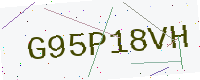
Text: G95P18VH